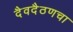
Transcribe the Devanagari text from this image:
दैवदैठणचा